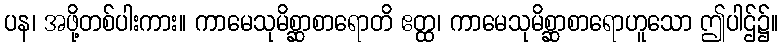
ပန၊ အဖို့တစ်ပါးကား။ ကာမေသုမိစ္ဆာစာရောတိ ဧတ္ထ၊ ကာမေသုမိစ္ဆာစာရောဟူသော ဤပါဌ်၌။